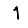
Digit: 1